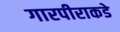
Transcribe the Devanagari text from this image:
गारपीराकडे